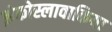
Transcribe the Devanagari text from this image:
झेकोस्लावाकिया